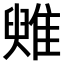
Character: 𩀑